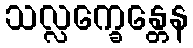
သလ္လက္ခေန္တေန